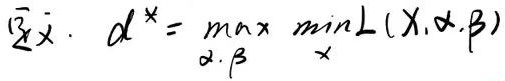
\boxed{又}\ \ d^{*}=\max_{\alpha,\beta}\min_{x}L(x,\alpha,\beta)